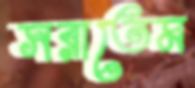
সরাতেম